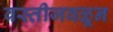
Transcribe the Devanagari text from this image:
वस्तीजवळून